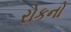
રોકનો